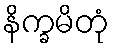
နိက္ခမိတုံ